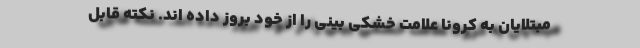
مبتلایان به کرونا علامت خشکی بینی را از خود بروز داده اند. نکته قابل